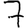
Digit: 7